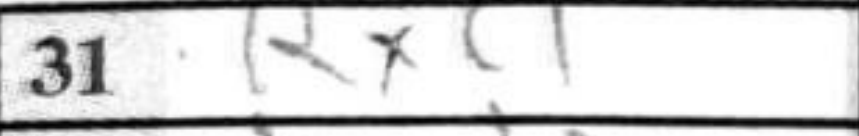
Transcription: Rxc1